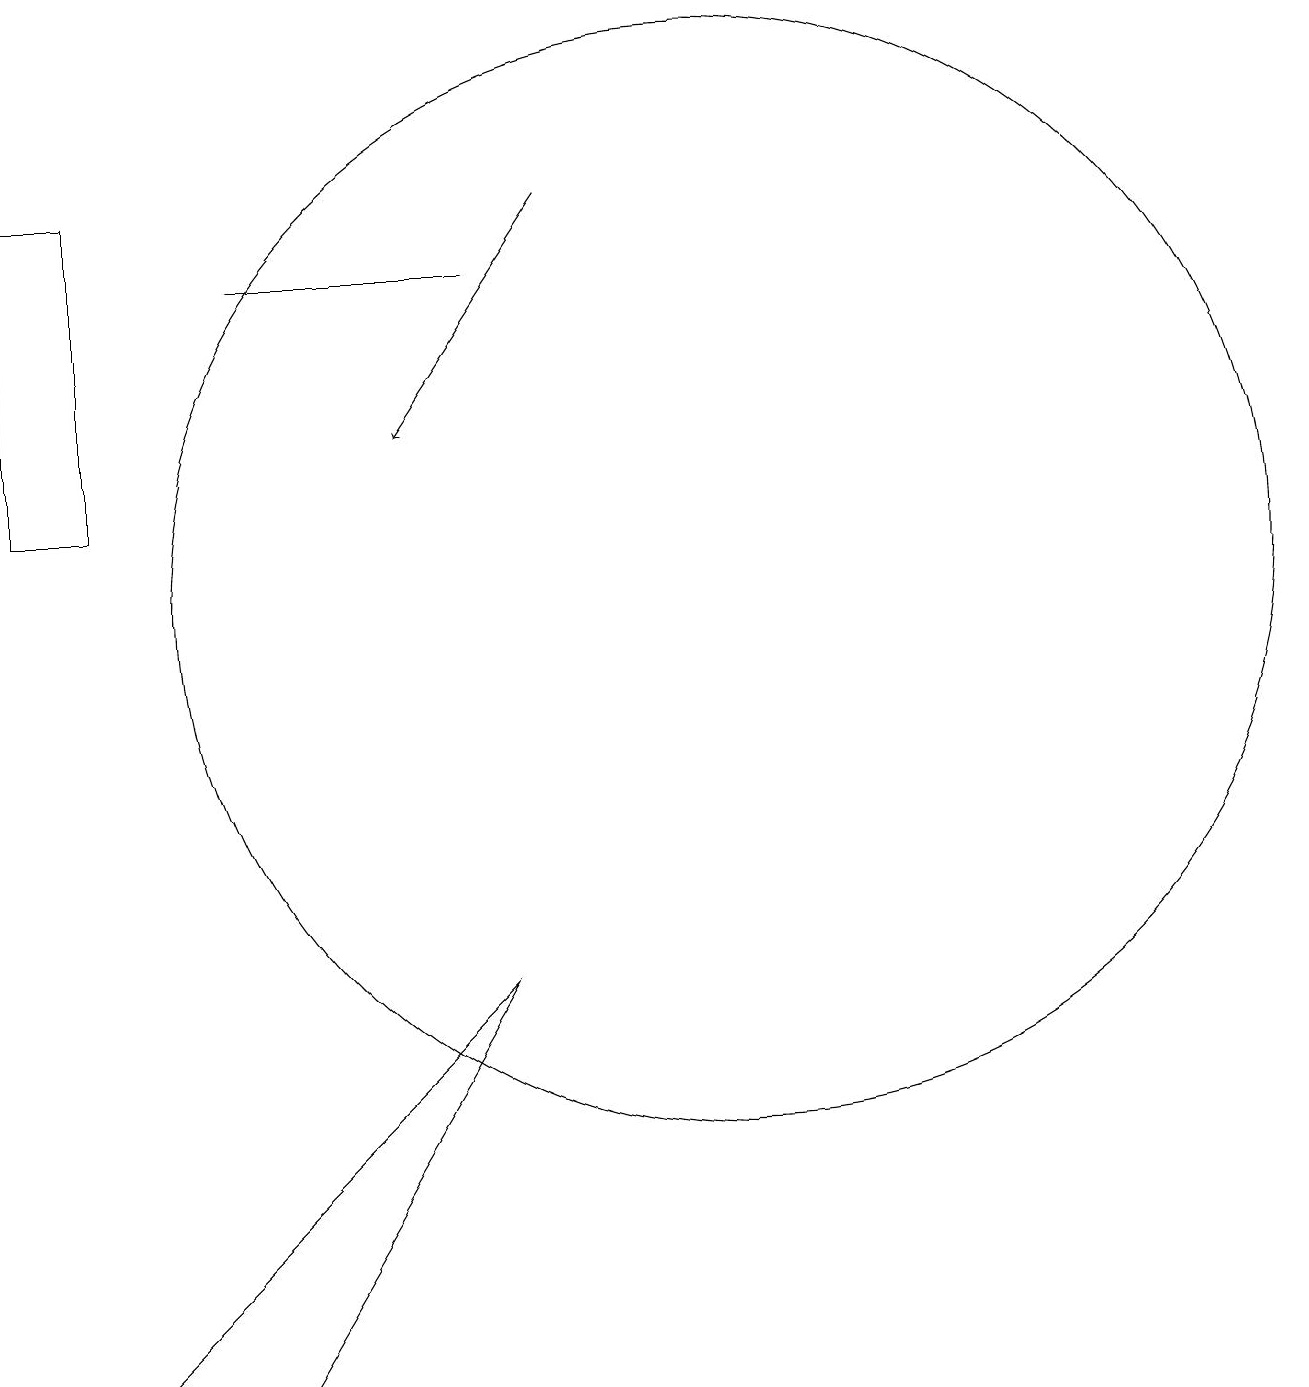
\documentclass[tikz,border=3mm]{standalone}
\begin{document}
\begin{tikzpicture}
\draw[->] (8,16) -- (6,13);
\draw (7,6) -- (2,1) -- (4,1) -- cycle;
\draw (1,12) rectangle (2,16);
\draw (10,11) circle (7);
\draw (7,15) rectangle (4,15);
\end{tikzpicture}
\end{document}